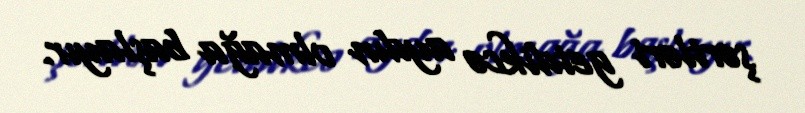
şərtləri getdikcə aydın olmağa başlayır.